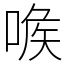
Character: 㗋